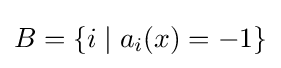
B=\{i\mid a_{i}(x)=-1\}